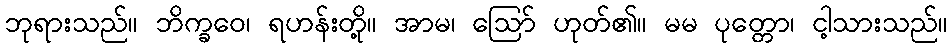
ဘုရားသည်။ ဘိက္ခဝေ၊ ရဟန်းတို့။ အာမ၊ ဩော် ဟုတ်၏။ မမ ပုတ္တော၊ ငါ့သားသည်။